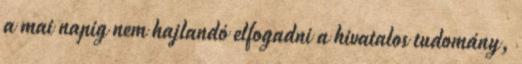
a mai napig nem hajlandó elfogadni a hivatalos tudomány,